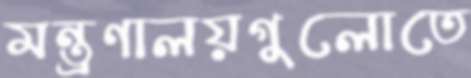
মন্ত্রণালয়গুলোতে